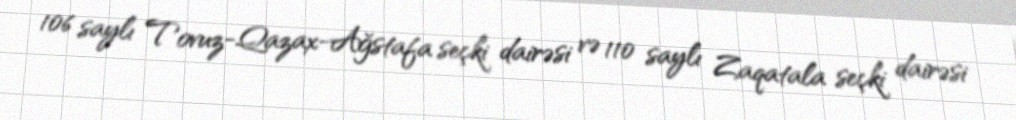
106 saylı Tovuz-Qazax-Ağstafa seçki dairəsi və 110 saylı Zaqatala seçki dairəsi